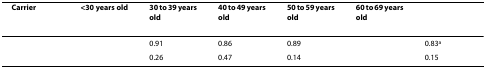
<table><thead><tr><td><b>Carrier</b></td><td><b>&lt;30 years old</b></td><td><b>30 to 39 years old</b></td><td><b>40 to 49 years old</b></td><td><b>50 to 59 years old</b></td><td><b>60 to 69 years old</b></td><td>[EMPTY_CELL]</td></tr></thead><tbody><tr><td>[EMPTY_CELL]</td><td>[EMPTY_CELL]</td><td>0.91</td><td>0.86</td><td>0.89</td><td>[EMPTY_CELL]</td><td>0.83<sup>a</sup></td></tr><tr><td>[EMPTY_CELL]</td><td>[EMPTY_CELL]</td><td>0.26</td><td>0.47</td><td>0.14</td><td>[EMPTY_CELL]</td><td>0.15</td></tr></tbody></table>